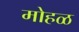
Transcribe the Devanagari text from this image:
मोहळ